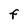
Character: F